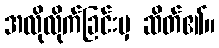
အလိုလိုက်ခြင်းမှ ဆိတ်၏။